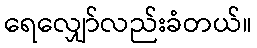
ရေလျှော်လည်းခံတယ်။